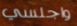
واجلسي